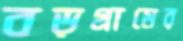
বড়গ্রামের